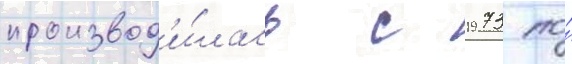
производ'и́лась с 1973 по́